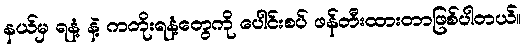
နယ်မှ ရနံ့ နဲ့ ကတိုးရနံ့တွေကို ပေါင်းစပ် ဖန်တီးထားတာဖြစ်ပါတယ်။